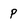
Character: P